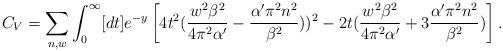
LaTeX: \begin{align*}C_V = \sum_{n,w} \int_{0}^{\infty} [dt] e^{-y} \left [ 4 t^2 ({{w^2 \beta^2}\over{4\pi^2 \alpha^{\prime}}} - {{\alpha^{\prime} \pi^2 n^2}\over{\beta^2}} ))^2 - 2t ({{w^2 \beta^2}\over{4\pi^2 \alpha^{\prime}}} + 3 {{\alpha^{\prime} \pi^2 n^2}\over{\beta^2}} )\right ] .\end{align*}